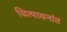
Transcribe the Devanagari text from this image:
चित्पावनांत